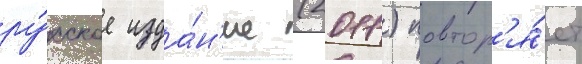
ру́сское изда́н'ие (2011) повтор'я́ет